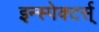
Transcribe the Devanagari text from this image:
इन्स्पेक्टर्स्